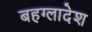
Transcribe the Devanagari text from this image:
बहग्लादेश